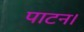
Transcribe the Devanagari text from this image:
पाटन।